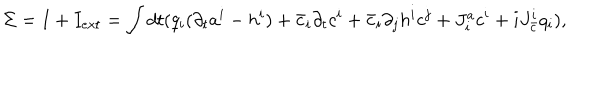
\Sigma = I + I _ { e x t } = \int d t ( q _ { i } ( \partial _ { t } a ^ { i } - h ^ { i } ) + \bar { c } _ { i } \partial _ { t } c ^ { i } + \bar { c } _ { i } \partial _ { j } h ^ { i } c ^ { j } + J _ { i } ^ { a } c ^ { i } + i J _ { \bar { c } } ^ { i } q _ { i } ) ,